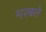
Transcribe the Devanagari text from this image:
मरबले